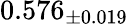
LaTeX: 0.576_{\pm 0.019}